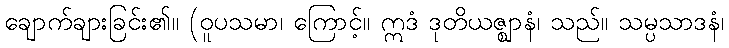
ချောက်ချားခြင်း၏။ (ဝူပသမာ၊ ကြောင့်။ ဣဒံ ဒုတိယဇ္ဈာနံ၊ သည်။ သမ္ပသာဒနံ၊